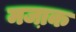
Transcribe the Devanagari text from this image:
मजा़क